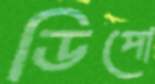
ডিপো